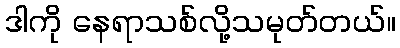
ဒါကို နေရာသစ်လို့သမုတ်တယ်။